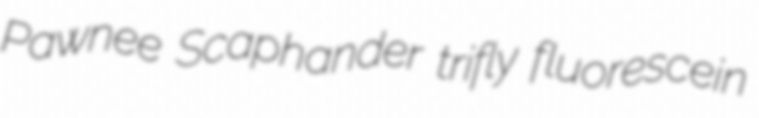
Pawnee Scaphander trifly fluorescein